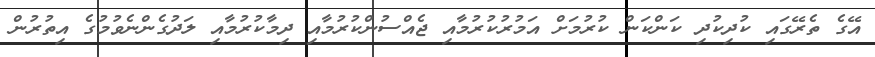
އޭގެ ތެރޭގައި ކުދިކުދި ކަންކަން ކުރުމަށް އަމުރުކުރުމާއި ޖެއްސުންކުރުމާއި ދިމާކުރުމާއި ލަދުގެންނެވުމުގެ އިތުރުން